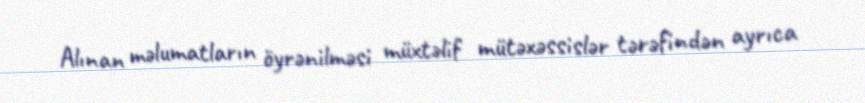
Alınan məlumatların öyrənilməsi müxtəlif mütəxəssislər tərəfindən ayrıca